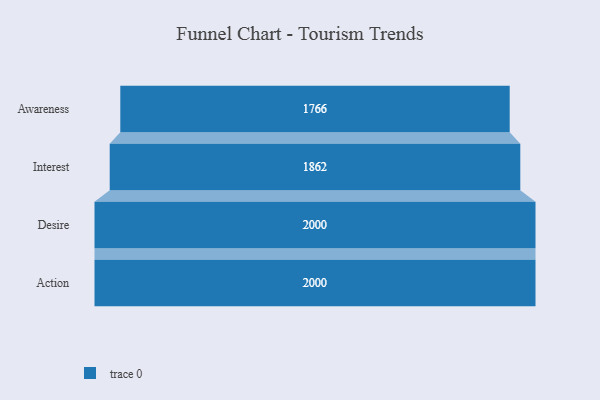
{"axis": {"x": "Stage", "y": "Value"}, "legend": [""], "data": [{"x": "Awareness", "y": 1766.0, "type": ""}, {"x": "Interest", "y": 1862.0, "type": ""}, {"x": "Desire", "y": 2000, "type": ""}, {"x": "Action", "y": 2000, "type": ""}]}